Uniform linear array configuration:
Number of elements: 24
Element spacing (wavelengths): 0.75
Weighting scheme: hann
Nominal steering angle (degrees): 0
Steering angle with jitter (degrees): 0.8546
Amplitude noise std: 0.05
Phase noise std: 0.05

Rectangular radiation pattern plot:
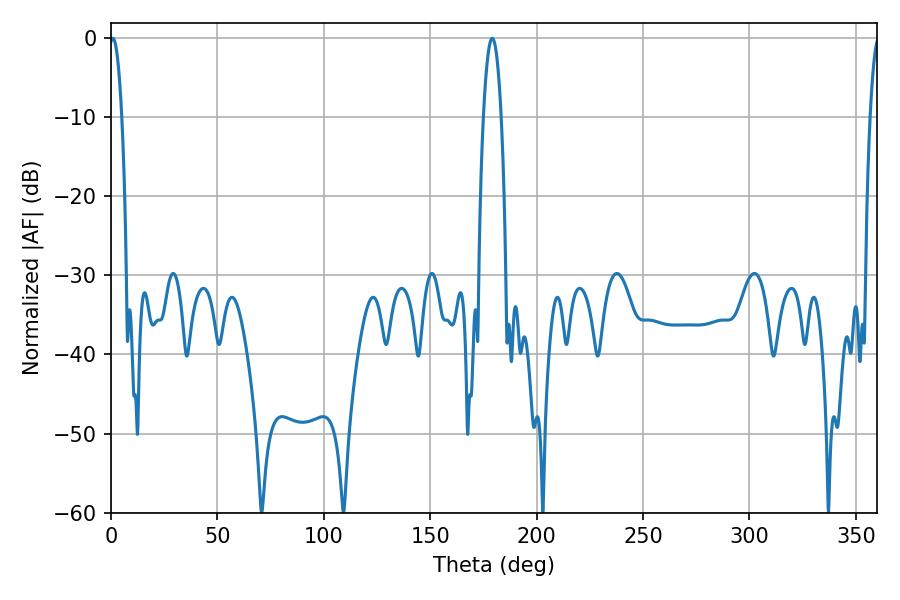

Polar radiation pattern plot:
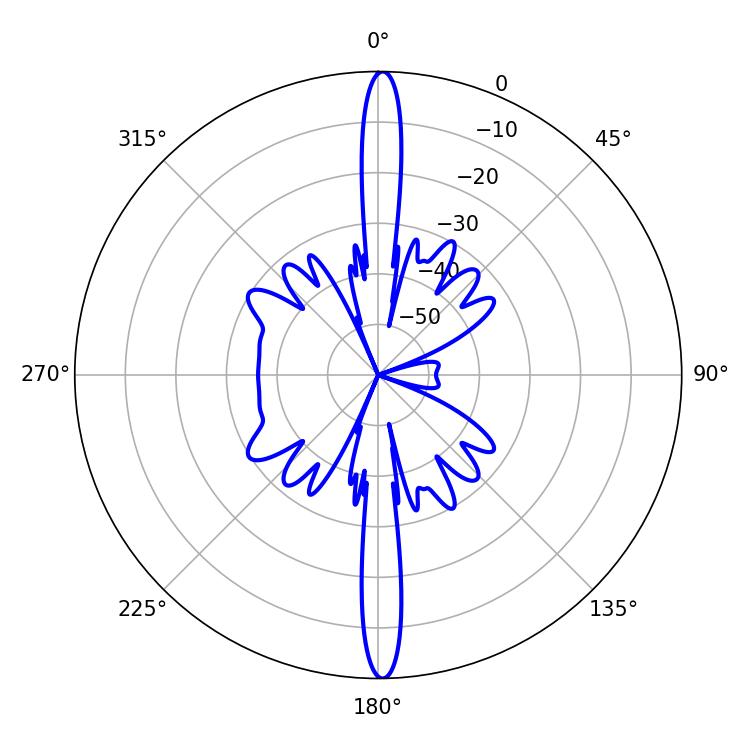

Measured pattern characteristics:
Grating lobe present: TRUE
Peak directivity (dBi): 29.334
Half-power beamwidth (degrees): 3.24
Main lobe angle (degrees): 0.9